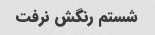
شستم رنگش نرفت